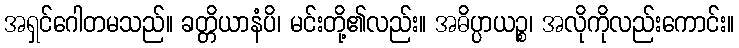
အရှင်ဂေါတမသည်။ ခတ္တိယာနံပိ၊ မင်းတို့၏လည်း။ အဓိပ္ပာယဉ္စ၊ အလိုကိုလည်းကောင်း။